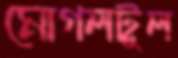
মোগলটুল